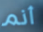
أنم